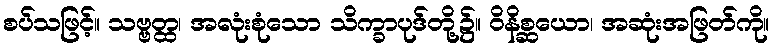
စပ်သဖြင့်။ သဗ္ဗတ္ထ၊ အလုံးစုံသော သိက္ခာပုဒ်တို့၌။ ဝိနိစ္ဆယော၊ အဆုံးအဖြတ်ကို။